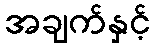
အချက်နှင့်